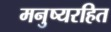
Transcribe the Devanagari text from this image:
मनुष्यरहित